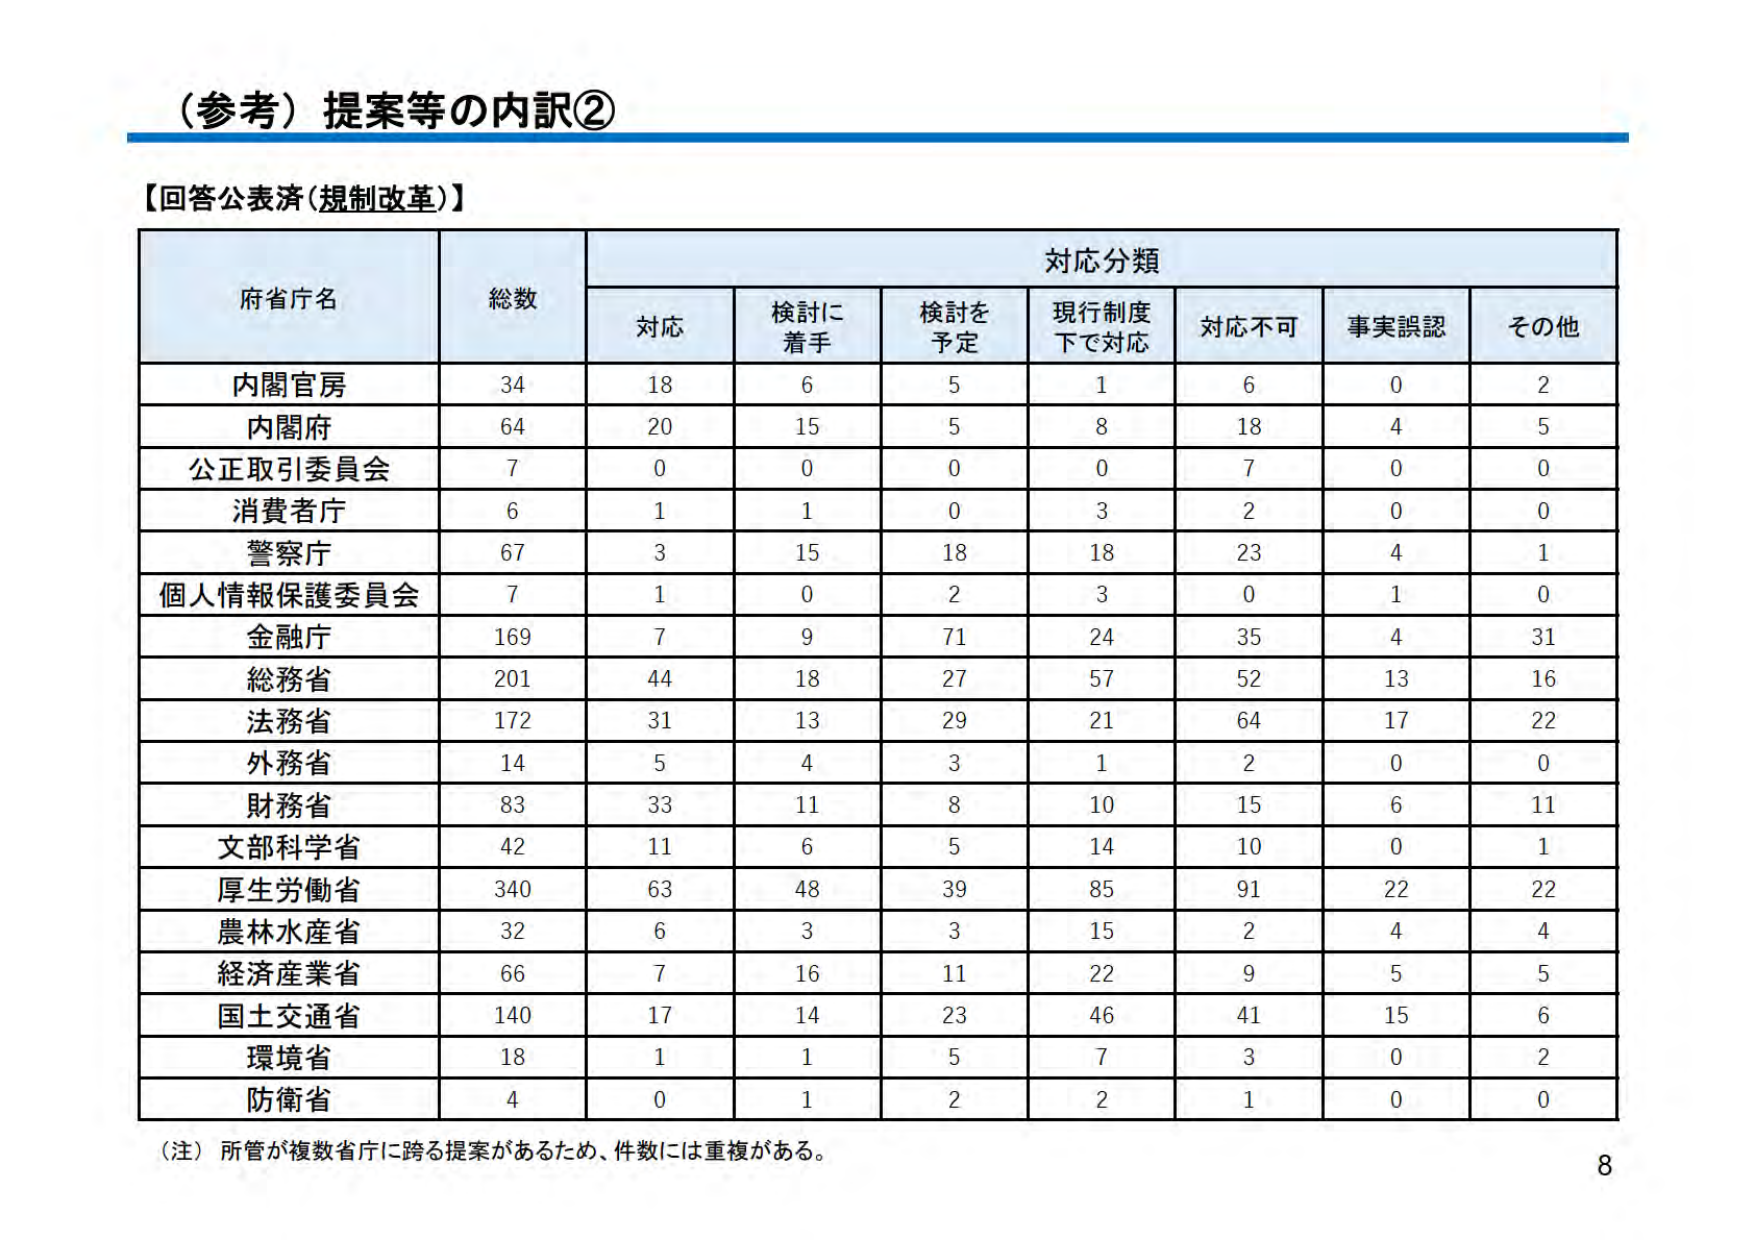
（参考）提案等の内訳②

【回答公表済（規制改革）】

府省庁名　　総数　　対応分類
　　　　　　　　　　対応　　検討に着手　　検討を予定　　現行制度下で対応　　対応不可　　事実誤認　　その他

内閣官房　　34　　18　　6　　5　　1　　6　　0　　2
内閣府　　64　　20　　15　　5　　8　　18　　4　　5
公正取引委員会　　7　　0　　0　　0　　0　　7　　0　　0
消費者庁　　6　　1　　1　　0　　3　　2　　0　　0
警察庁　　67　　3　　15　　18　　18　　23　　4　　1
個人情報保護委員会　　7　　1　　0　　2　　3　　0　　1　　0
金融庁　　169　　7　　9　　71　　24　　35　　4　　31
総務省　　201　　44　　18　　27　　57　　52　　13　　16
法務省　　172　　31　　13　　29　　21　　64　　17　　22
外務省　　14　　5　　4　　3　　1　　2　　0　　0
財務省　　83　　33　　11　　8　　10　　15　　6　　11
文部科学省　　42　　11　　6　　5　　14　　10　　0　　1
厚生労働省　　340　　63　　48　　39　　85　　91　　22　　22
農林水産省　　32　　6　　3　　3　　15　　2　　4　　4
経済産業省　　66　　7　　16　　11　　22　　9　　5　　5
国土交通省　　140　　17　　14　　23　　46　　41　　15　　6
環境省　　18　　1　　1　　5　　7　　3　　0　　2
防衛省　　4　　0　　1　　2　　2　　1　　0　　0

（注）所管が複数省庁に跨る提案があるため、件数には重複がある。

8